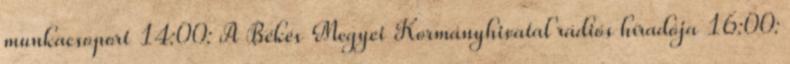
munkacsoport 14:00: A Békés Megyei Kormányhivatal rádiós híradója 16:00: